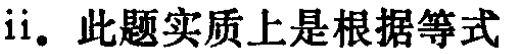
ii. 此题实质上是根据等式